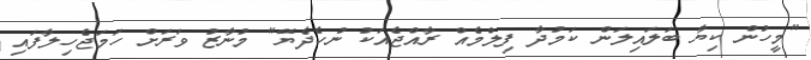
"މީހުން ކިޔާ ބަލައިލަން ކަމުދާ ފިލްމެއް ރާއްޖެއަކު ނުހެދެޔޭ" މުނާޒު ވަރަށް ހަމަޖެހިލާފައި